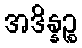
အဒိန္နဉ္စ